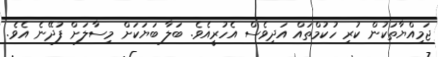
ޖަމިއްޔާތަކުން ކުރި ހުކުމްތައް އަދިވެސް އެހުރީއެވެ. ބަލާ ބަޔަކަށް މިސާލަށް ފުދޭނެ އެވެ.